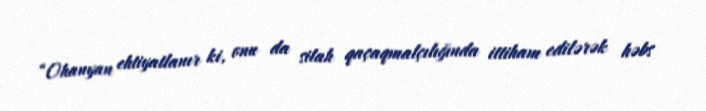
“Ohanyan ehtiyatlanır ki, onu da silah qaçaqmalçılığında ittiham edilərək həbs